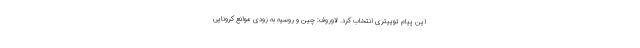
این پیام توییتری انتخاب کرد. لاوروف: چین و روسیه به زودی موانع کرونایی